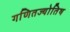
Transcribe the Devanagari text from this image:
गणितज्योतिष